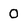
Character: O